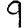
Digit: 9